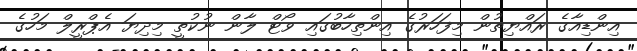
އިންޑިއާގެ ރައްޔިތުން މިފަހަރުގެ އިންތިހާބުގައި ވޯޓް ލާން ނުކުތީ މިދިޔަ އެޕްރީލް މަހުގެ